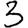
Digit: 3